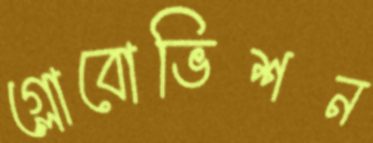
গ্লোবোভিশন